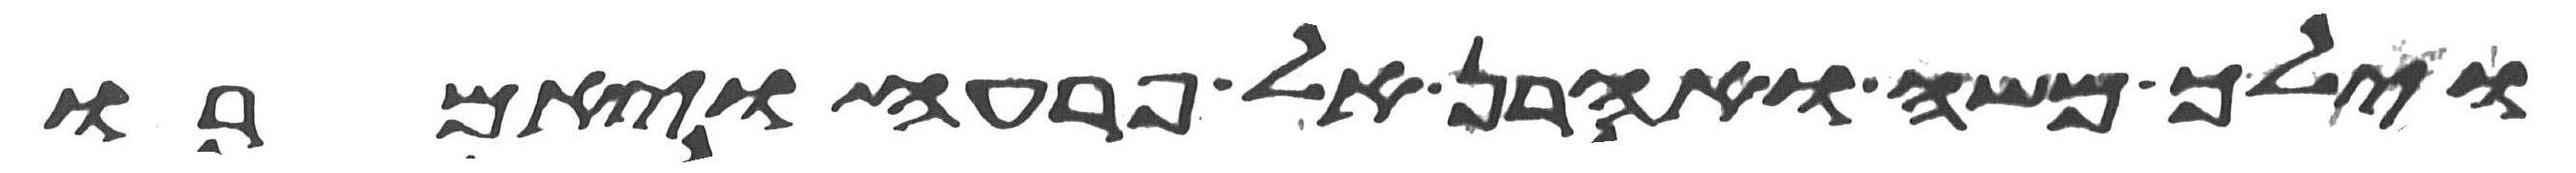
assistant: וילך משה ואהרן אל פרעה ויאמרו